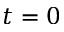
t = 0